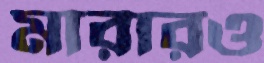
মারারও